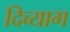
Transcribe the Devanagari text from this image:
दिव्याग